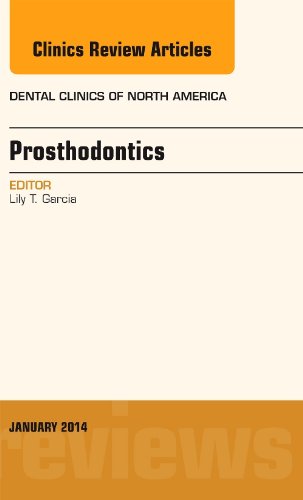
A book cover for Prosthodontics, An Issue of Dental Clinics, 1e (The Clinics: Dentistry); Lily T Garcia; Medical Books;